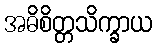
အဓိစိတ္တသိက္ခာယ